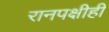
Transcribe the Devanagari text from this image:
रानपक्षीही